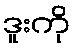
ဒူးကို